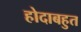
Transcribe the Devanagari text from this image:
होदाबहुत